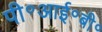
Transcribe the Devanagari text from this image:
पी॰आई॰बी॰